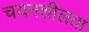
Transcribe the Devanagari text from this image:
चयनशीलता